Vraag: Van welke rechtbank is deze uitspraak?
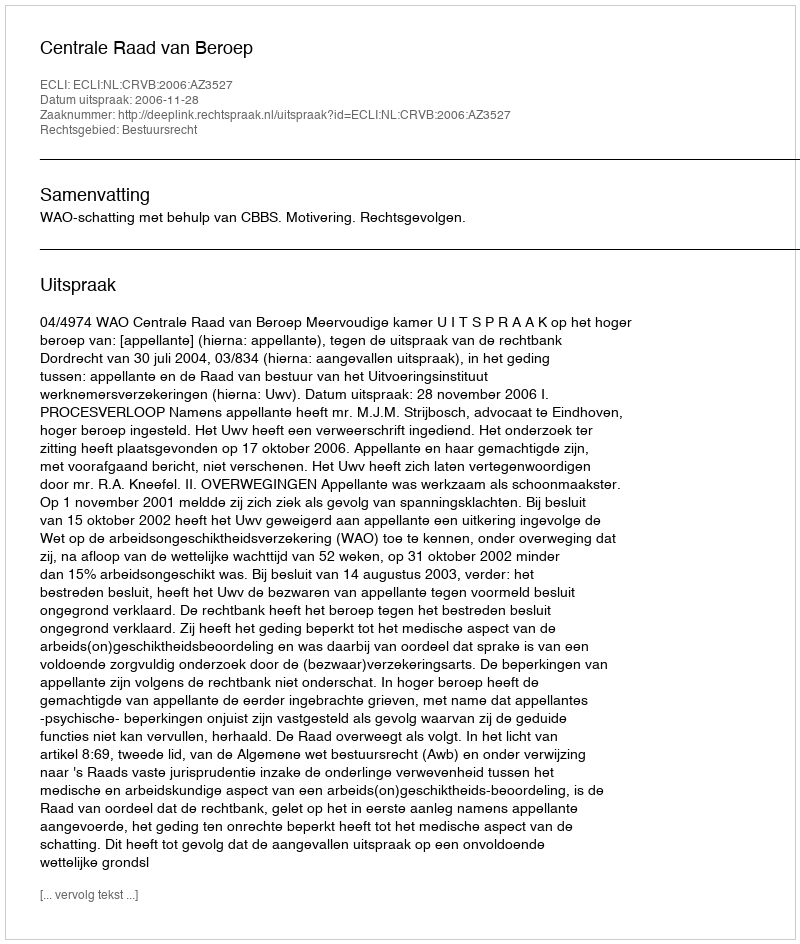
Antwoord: Centrale Raad van Beroep